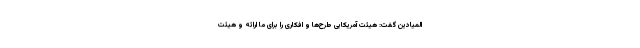
المیادین گفت: هیئت آمریکایی طرح‌ها و افکاری را برای ما ارائه و هیئت